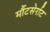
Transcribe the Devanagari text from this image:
मौंटसेर्राट